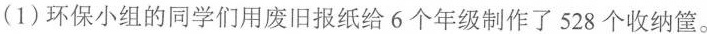
(1)环保小组的同学们用废旧报纸给6个年级制作了528个收纳筐。